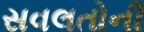
સવલતોની